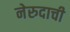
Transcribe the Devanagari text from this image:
नेरुदाची